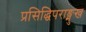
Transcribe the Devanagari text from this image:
प्रसिद्धिपराङ्मुख